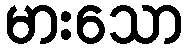
မားသော